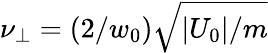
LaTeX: \nu_{\bot}=(2/w_{0})\sqrt{|U_{0}|/m}